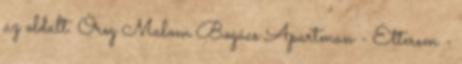
az oldalt. Öreg Malom Bogács Apartman - Étterem -